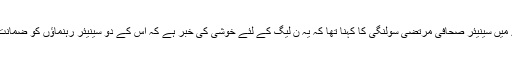
اس بارے میں سینیئر صحافی مرتضیٰ سولنگی کا کہنا تھا کہ یہ ن لیگ کے لئے خوشی کی خبر ہے کہ اس کے دو سینیئر رہنماؤں کو ضمانت مل گئی۔